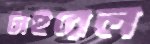
টাইরেল